Report on vaccination proceedings throughout the Government of Bengal -
Year: 1868
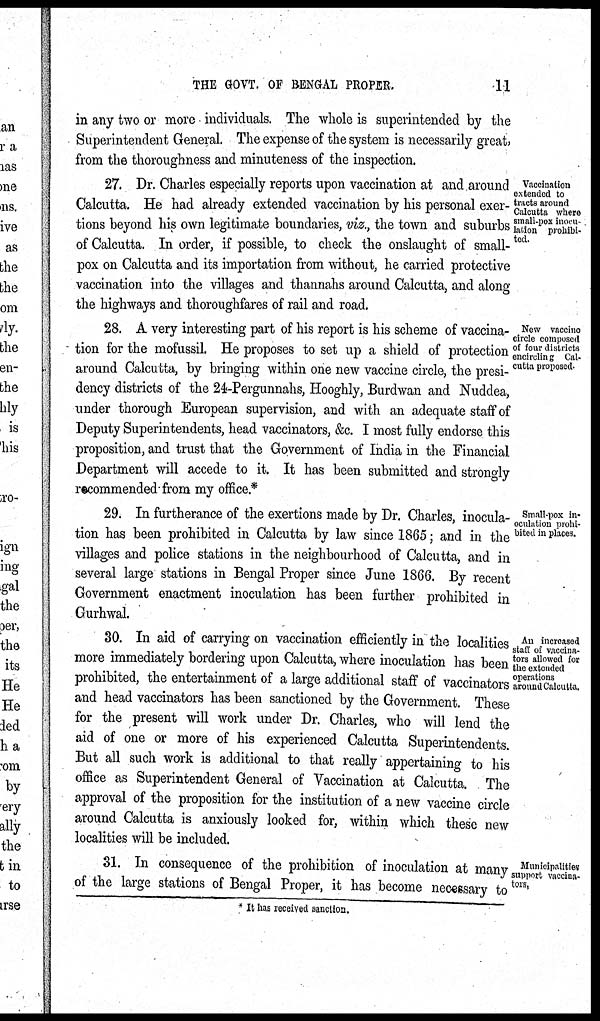
THE GOVT. OF BENGAL PROPER.
11
in any two or more individuals. The whole is superintended by the
Superintendent General. The expense of the system is necessarily great,
from the thoroughness and minuteness of the inspection.
Vaccination
extended to
tracts around
Calcutta where
small-pox inocu-
lation prohibi-
ted.
27. Dr. Charles especially reports upon vaccination at and around
Calcutta. He had already extended vaccination by his personal exer-
tions beyond his own legitimate boundaries, viz., the town and suburbs
of Calcutta. In order, if possible, to check the onslaught of small-
pox on Calcutta and its importation from without, he carried protective
vaccination into the villages and thannahs around Calcutta, and along
the highways and thoroughfares of rail and road.
New vaccine
circle composed
of four districts
encircling Cal-
cutta proposed
28. A very interesting part of his report is his scheme of vaccina-
tion for the mofussil. He proposes to set up a shield of protection
around Calcutta, by bringing within one new vaccine circle, the presi-
dency districts of the 24-Pergunnahs, Hooghly, Burdwan and Nuddea,
under thorough European supervision, and with an adequate staff of
Deputy Superintendents, head vaccinators, &c. I most fully endorse this
proposition, and trust that the Government of India in the Financial
Department will accede to it. It has been submitted and strongly
recommended from my office.*
Small-pox in¬
oculntion prohi-
bited in places.
29. In furtherance of the exertions made by Dr. Charles, inocula-
tion has been prohibited in Calcutta by law since 1865; and in the
villages and police stations in the neighbourhood of Calcutta, and in
several large stations in Bengal Proper since June 1866. By recent
Government enactment inoculation has been further prohibited in
Gurhwal.
An increased
staff of vaccina-
tors allowed for
the extended
operations
around Calcutta.
30. In aid of carrying on vaccination efficiently in the localities
more immediately bordering upon Calcutta, where inoculation has been
prohibited, the entertainment of a large additional staff of vaccinators
and head vaccinators has been sanctioned by the Government. These
for the present will work under Dr. Charles, who will lend the
aid of one or more of his experienced Calcutta Superintendents.
But all such work is additional to that really appertaining to his
office as Superintendent General of Vaccination at Calcutta. The
approval of the proposition for the institution of a new vaccine circle
around Calcutta is anxiously looked for, within which these new
localities will be included.
Municipalities
support vaccina-
tors,
31. In consequence of the prohibition of inoculation at many
of the large stations of Bengal Proper, it has become necessary to
* It has received sanction.